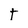
Character: T